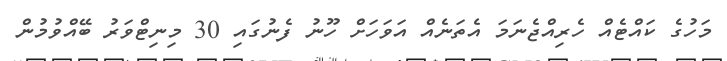
މަހުގެ ކައްޓެއް ހެރިއްޖެނަމަ އެތަނެއް އަވަހަށް ހޫނު ފެނުގައި 30 މިނިޓްވަރު ބޭއްވުމުން